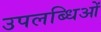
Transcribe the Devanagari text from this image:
उपलब्धिओं